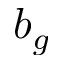
b _ { g }